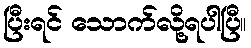
ပြီးရင် သောက်လို့ရပါပြီ။